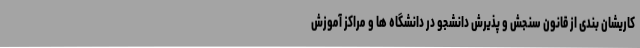
کاریشان بندی از قانون سنجش و پذیرش دانشجو در دانشگاه ها و مراکز آموزش